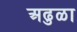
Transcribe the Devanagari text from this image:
अढुळा